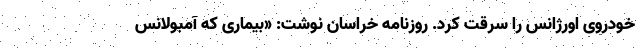
خودروی اورژانس را سرقت کرد. روزنامه خراسان نوشت: «بیماری که آمبولانس